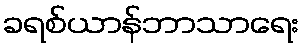
ခရစ်ယာန်ဘာသာရေး